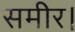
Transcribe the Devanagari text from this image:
समीर।